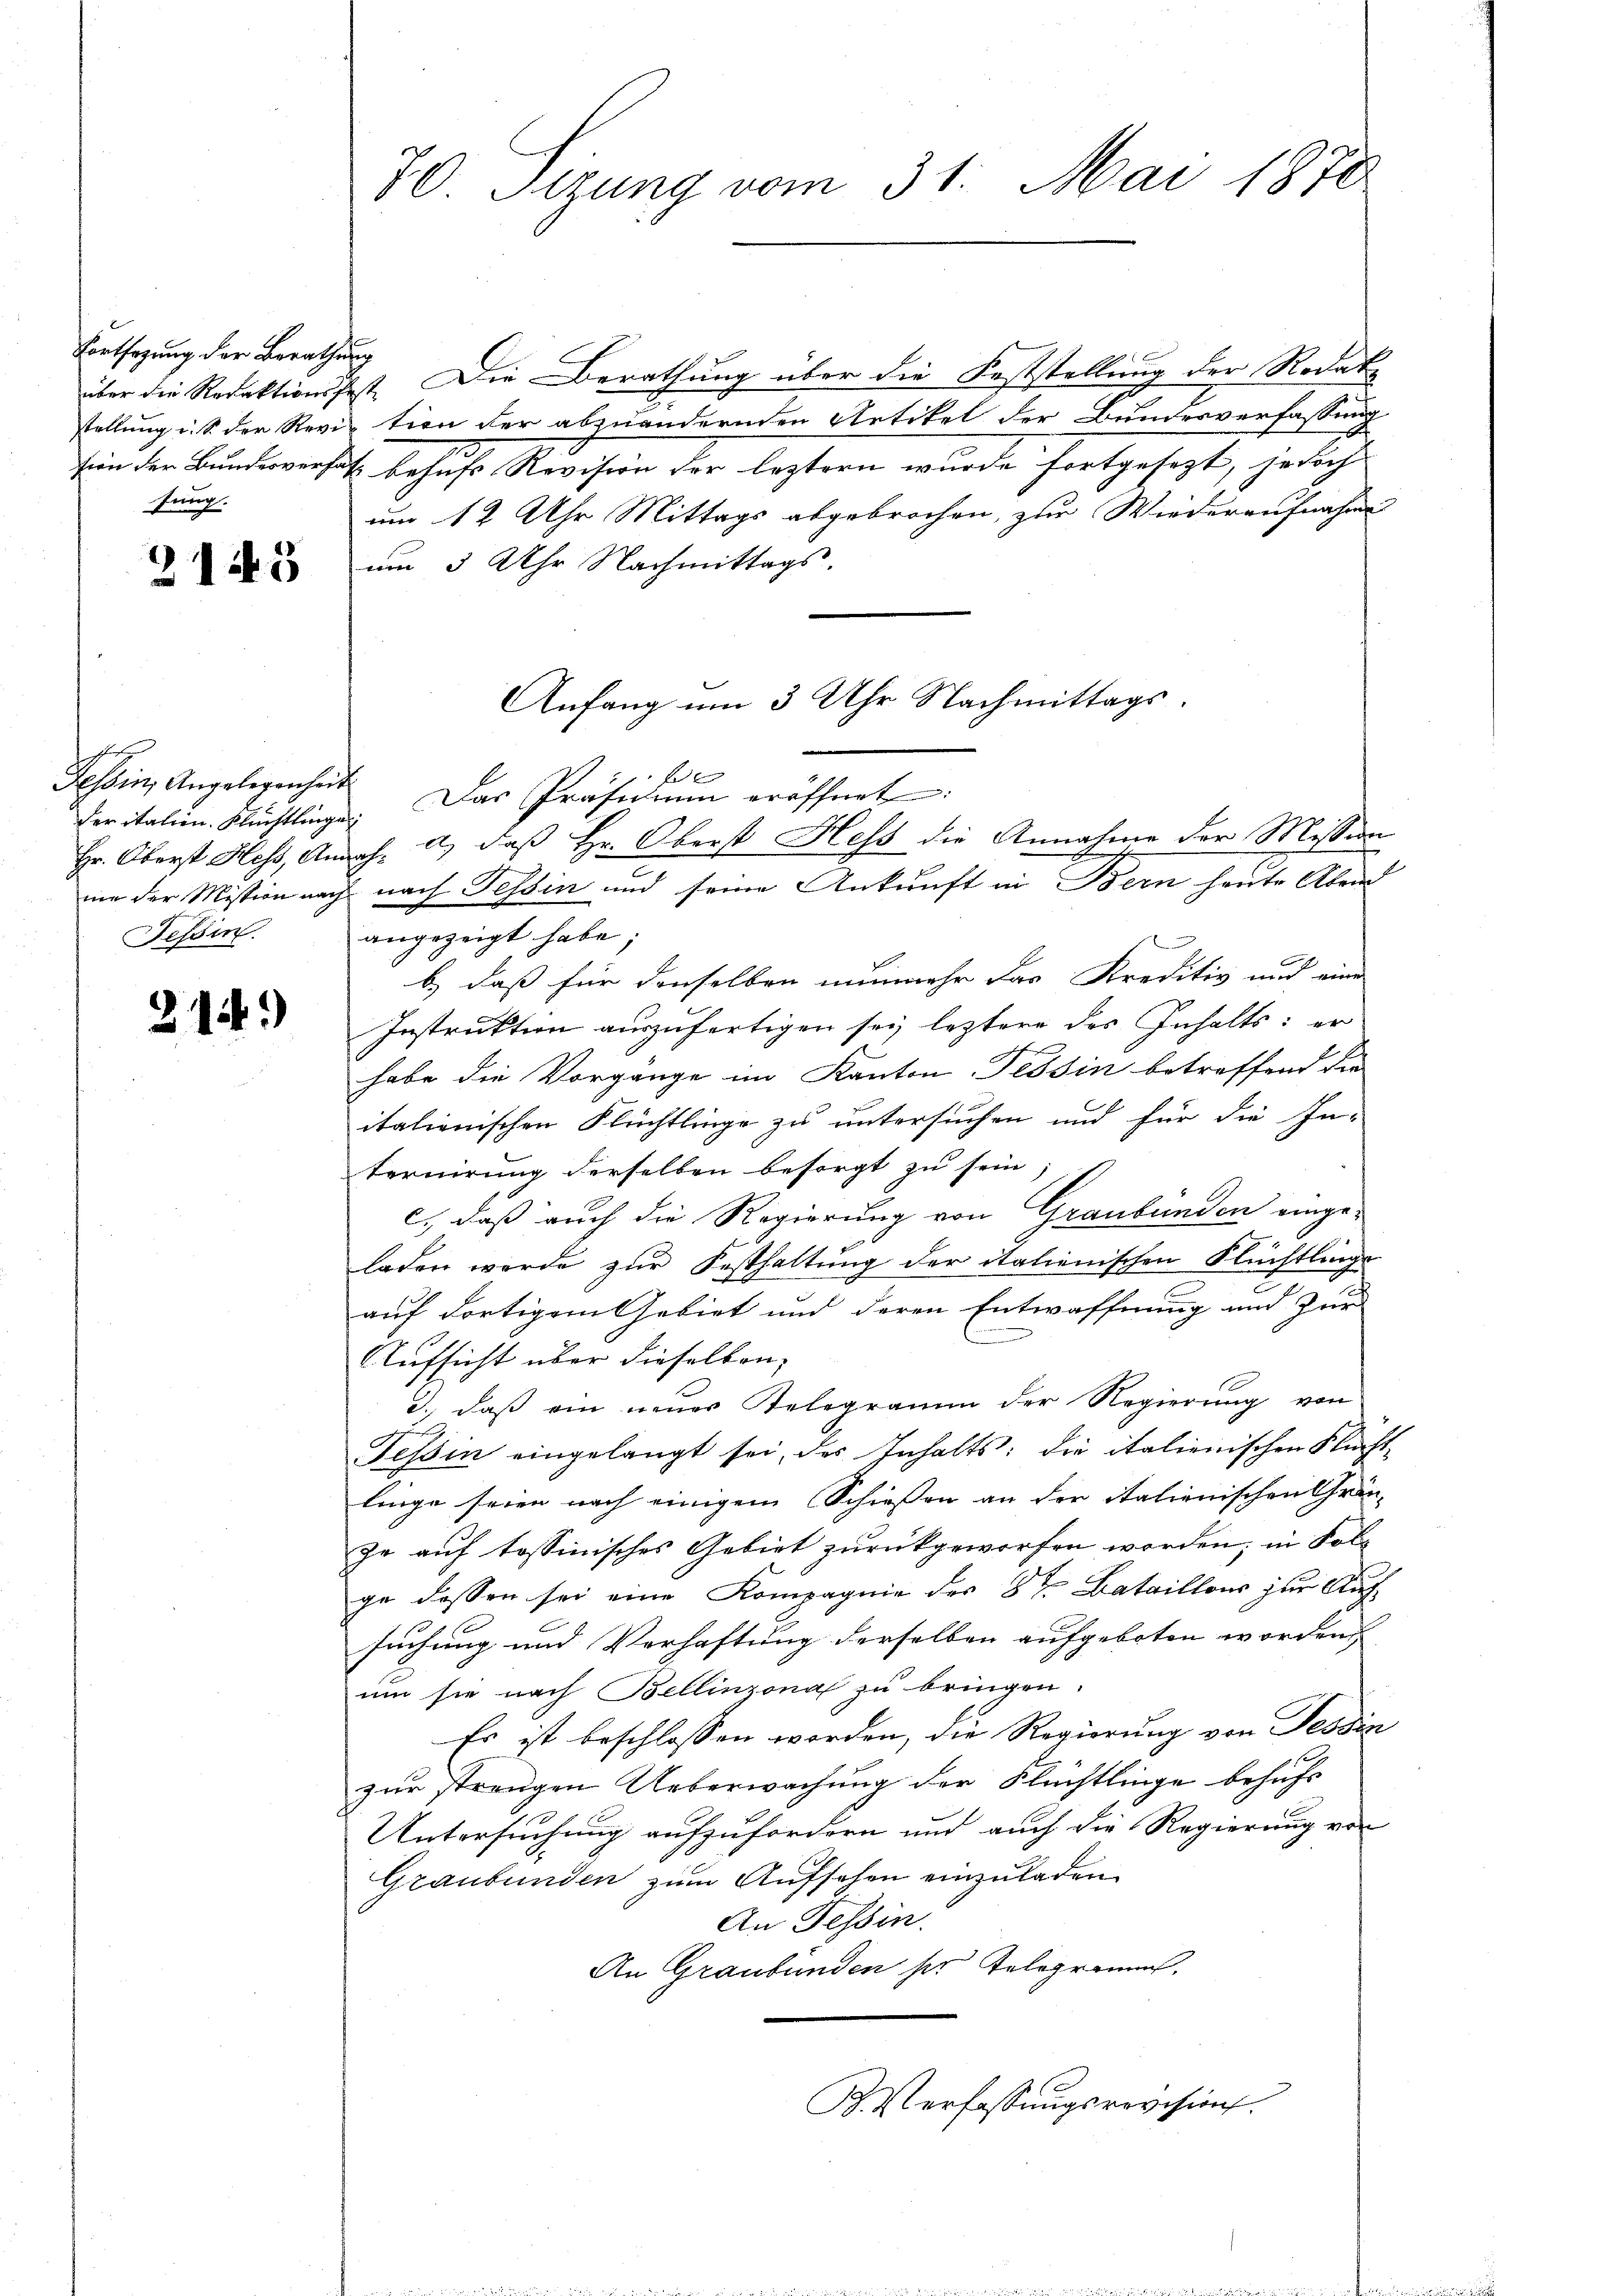
Fortsagung der Berathung
sung.

2145

der italien. Flüchtlinge
Tessin.

214.

über die Redaktionsfest. Die Berathung über die Feststellung der Rodat
stellung u. s. der Revition der abzuändernden Artikel der Bundesverfassung
tin der Bundesversatz behufs Revision der leztern wurde fortgesezt, jedoch
um 12 Uhr Mittags abgebrochen, zur Wiederaufnahme
um 3 Uhr Nachmittags.
angezeigt habe;
b.) daß für denselben nunmehr das Kreditiv und eine
Instruktion auszufertigen sey leztere des Inhalts: er
habe die Vorgänge im Kanton Tessin betreffend die
itationischen Flüchtlinge zu untersuchen und für die In-
ternirung derselben besorgt zu sein;
c.) daß auch die Regierung von Graubünden eingeladen werde zur Festhaltung der italienischen Flüchtlings
auf dortigem Gebiet und deren Entwaffnung und zur
Aufsicht über dieselben
3., daß ein neuer Telegramm der Regierung von
Tessin eingelangt sei, des Inhalts: die italienischen Flüchtlinge seien nach einigem Schießen an der italienischen Grün-
ze auf tossinisches Gebiet zurückgeworfen worden; in Folge dassen sei eine Kompagnie des 8ten Bataillons zur Aufsuchung und Verhaftung derselben aufgeboten worden,
um sie nach Bellinzona zu bringen.
Es ist beschlossen worden, die Regierung von Tessin
zur strengen Ueberwachung der Flüchtlinge behufs
Untersuchung aufzufordern und auch die Regierung von
Graubünden zum Aufsehen einzuladen.
An Tessin.
An Graubünden ser Telegramms.
K.Verfassungsrevision.

70 Sizung vom 31. Mai 1870

Anfang um 3 Uhr Nachmittags.
b
Tessin, Angelegenheit. Das Präsidium eröffnet.
Hr. Oberst Hess, Annah a) daß Hr. Oberst Hess die Annahme der Mission
ime der Mission nach nach Tessin und seine Ankunft in Bern heute Abend